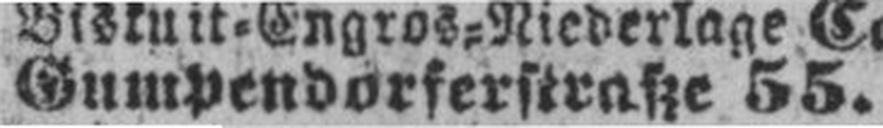
Gumpendorferstraße 55.